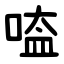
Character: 㗐